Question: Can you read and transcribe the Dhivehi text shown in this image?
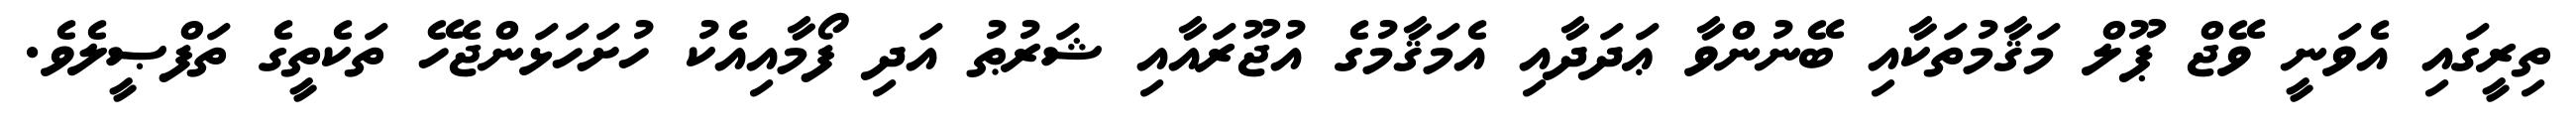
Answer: ތިރީގައި އެވަނީ ވޭޖް ޕޫލް މަޤާމުތަކާއި ބޭނުންވާ ޢަދަދާއި އެމަޤާމުގެ އުޖޫރައާއި ޝަރުޠު އަދި ފޯމާއިއެކު ހުށަހަޅަންޖެހޭ ތަކެތީގެ ތަފްޞީލެވެ.